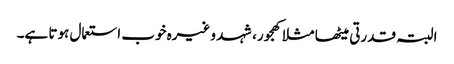
البتہ قدرتی میٹھا مثلا کھجور، شہد وغیرہ خوب استعمال ہوتا ہے۔